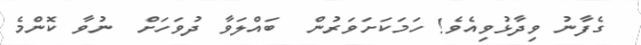
ގެފާނު ވިދާޅުވިއެވެ! ހަމަކަށަވަރުން  ބައްލަވާ ދުވަހަށް  ނުވާ ކޮންމެ